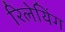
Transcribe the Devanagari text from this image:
रिलेयिंग